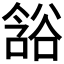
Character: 𲂘